King Institute of Preventive Medicine Bacteriolog. Section reports 1907-08
Year: 1907
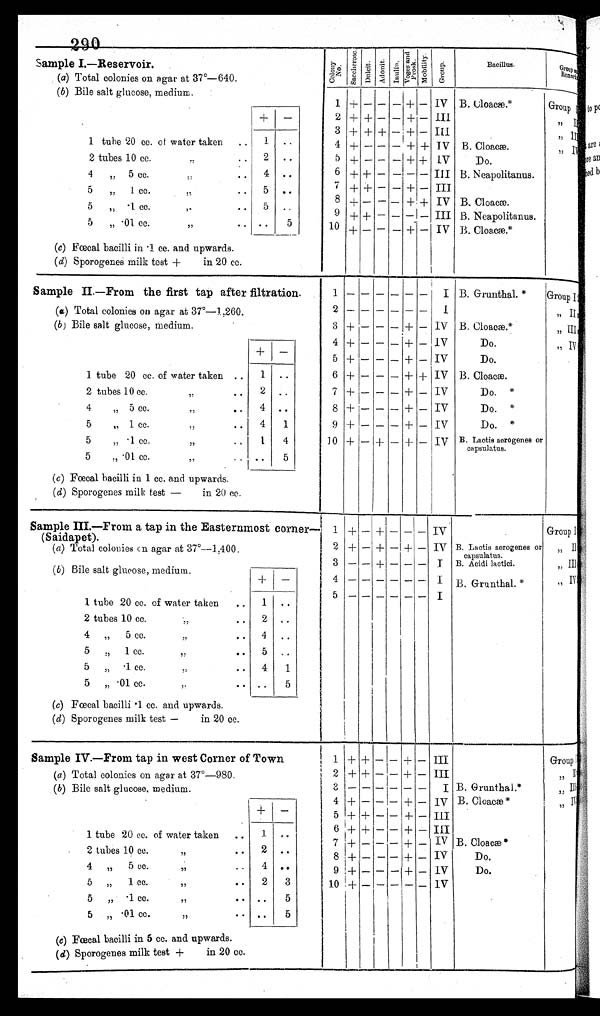
Sample I.—Reservoir.
Colony No.
Saccherose. D u l c i t . A d o n i t . I n u l i n .
V o g e s a n d
Prosk. M o b i l i t y .
G r o u p .
Bacillus.
Group and
Remark
(a) Total colonies on agar at 37°—640.
(b) Bile salt glucose, medium.
1 + — —
—
+
— IV B. Cloacæ.*
Group I
+
—
2 + + — — + — III
" I I
3 + + +
—
+
—
III
" I I I
1 tube 20 cc. ot water taken
..
1 . .
4 +
—
— — + + IV B. Cloacæ.
" I V
2 tubes 10 cc. " . .
2 . .
5 + — — — + + IV
Do.
4 " 5 cc. " . .
4 ..
6 + + — — — — III B. Neapolitanus.
5 „ 1 cc. "..
..
5 ..
7 + + — — + — III
8 + — — — + + IV B. Cloacæ.
5 " .1 cc. "
..
5 ..
9 + + — — — — III B. Neapolitanus.
5 „ .01 cc. " .. -
..
5
10 + — — — + — IV B. Cloacæ.*
(c) Fœcal bacilli in .1 cc. and upwards.
( d) Sporogenes milk test +
in 20 cc.
Sample II.—From the first tap after filtration.
1 — — — _ — — I B. Grunthal.*
Group I
(a) Total colonies on agar at 37°—1,260.
2 —
—
— — — — I
" II
(b ) Bile salt glucose, medium.
3 + — — — + — IV B. Cloacæ.*
" III
4 + — — — + — IV
Do.
„ IV
+ —
5 + — — — + — IV
Do.
1 tube 20 cc. of water taken ..
1 ..
6 + — — — + + IV B. Cloacæ.
2 tubes 10 cc. "..
2 . .
7 + — — — + — IV
Do. *
4 „ 5 cc. "..
4 . .
8 +
—
— — + — IV
Do. *
5 „ 1 cc. "
4
1
9 +
—
— — + — IV
Do. *
5 „ .1 cc. ,,
1 4
10 + — +
—
+ —
I V B. Lactis aerogenes or
capsulatus.
5 „ .01 cc. ,,
..
. .
5
( c ) Fœcal bacilli in 1 cc. and upwards.
( d) Sporogenes milk test —
in 20 cc.
Sample III.—From a tap in the Easternmost corner—
(Saidapet).
1 + — + — — — IV
Group I
( a) Total colonies on agar at 37°—1,400.
2 + — + — + — IV B. Lactis aerogenes or
capsulatus.
,, II
( b) Bile salt glucose, medium.
3 — — + — — —
I B Acidi lactici.
„ III
+
—
4
— — — — — —
I B. Grunthal. *
„ IV
5
— — — — — —
I
1 tube 20 cc. of water taken
.. 1 ..
2 tubes 10 cc. "..
2 ..
4 „ 5 cc. ". . 4 ..
5 " 1 cc. ,,
..
5 ..
5 " .1 cc. " . .
4
1
5 „ .01 cc. ".
..
5
(c) Fœcal bacilli .1 cc. and upwards.
( d) Sporogenes milk test —
in 20 cc.
Sample IV.—From tap in west Corner of Town
1 + + — — + — III
Group I
(a) Total colonies on agar at 37°—980.
2 + + — — + — III
" II
( b) Bile salt glucose, medium.
3
— — — — — —
I B. Grunthal.*
" III
4 + — —
—
+ — IV B. Cloacæ *
" I V
+
—
5 + + — — + — III
6 + + — — + — III
1 tube 20 cc. of water taken
1 . .
7 + — — — + — IV B. Cloacæ *
2 tubes 10 cc. ,,
. . 2 ..
8 + —
— —
+ — IV
Do.
4 „ 5 cc. "
.
4 ..
9 + — — — + — IV
Do.
5 „ 1 cc. "
. .
2
3
10 + — —
— —
— IV
5 ,, .1 cc. ,,
.. ..
5
5 „ .01 cc. ,,
.. ..
5
(c ) Fœcal bacilli in 5 cc. and upwards.
( d ) Sporogenes milk test +
in 20 cc.